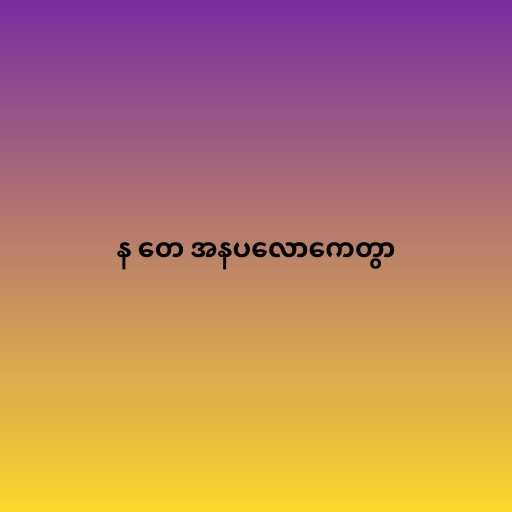
န တေ အနပလောကေတွာ